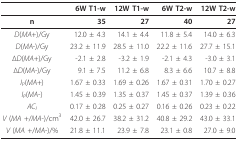
<table><thead><tr><td></td><td><b>6W T1-w</b></td><td><b>12W T1-w</b></td><td><b>6W T2-w</b></td><td><b>12W T2-w</b></td></tr></thead><tbody><tr><td><b>n</b></td><td><b>35</b></td><td><b>27</b></td><td><b>40</b></td><td><b>27</b></td></tr><tr><td><i>D</i>(<i>MA</i>+)/Gy</td><td>12.0 ± 4.3</td><td>14.1 ± 4.4</td><td>11.8 ± 5.4</td><td>14.0 ± 6.3</td></tr><tr><td><i>D</i>(<i>MA</i>-)/Gy</td><td>23.2 ± 11.9</td><td>28.5 ± 11.0</td><td>22.2 ± 11.6</td><td>27.7 ± 15.1</td></tr><tr><td>Δ<i>D</i>(<i>MA</i>+)/Gy</td><td>-2.1 ± 2.8</td><td>-3.2 ± 1.9</td><td>-2.1 ± 4.3</td><td>-3.0 ± 3.1</td></tr><tr><td>Δ<i>D</i>(<i>MA</i>-)/Gy</td><td>9.1 ± 7.5</td><td>11.2 ± 6.8</td><td>8.3 ± 6.6</td><td>10.7 ± 8.8</td></tr><tr><td><i>I<sub>P</sub></i>(<i>MA</i>+)</td><td>1.67 ± 0.33</td><td>1.69 ± 0.26</td><td>1.67 ± 0.31</td><td>1.70 ± 0.27</td></tr><tr><td><i>I<sub>P</sub></i>(<i>MA</i>-)</td><td>1.45 ± 0.39</td><td>1.35 ± 0.37</td><td>1.45 ± 0.37</td><td>1.39 ± 0.36</td></tr><tr><td><i>AC<sub>I</sub></i></td><td>0.17 ± 0.28</td><td>0.25 ± 0.27</td><td>0.16 ± 0.26</td><td>0.23 ± 0.22</td></tr><tr><td><i>V </i>(<i>MA </i>+/<i>MA</i>-)/cm<sup>3</sup></td><td>42.0 ± 26.7</td><td>38.2 ± 31.2</td><td>40.8 ± 29.2</td><td>43.0 ± 33.1</td></tr><tr><td><i>V </i>(<i>MA </i>+/<i>MA</i>-)/%</td><td>21.8 ± 11.1</td><td>23.9 ± 7.8</td><td>23.1 ± 0.8</td><td>27.0 ± 9.0</td></tr></tbody></table>